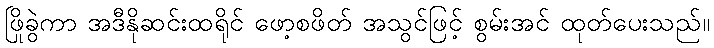
ဖြိုခွဲကာ အဒီနိုဆင်းထရိုင် ဖော့စဖိတ် အသွင်ဖြင့် စွမ်းအင် ထုတ်ပေးသည်။